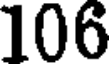
106